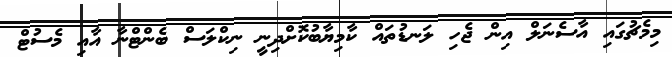
މިމެޗުގައި އާސެނަލް އިން ޖެހި ލަނޑުތައް ކާމިޔާބުކޮށްދިނީ ނިކްލަސް ބެންޓްނާ އާއި މެސުޓް